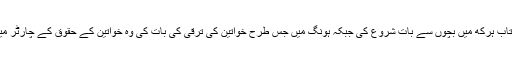
انہوں نے اپنی کتاب ہرکھ میں بچوں سے بات شروع کی جبکہ ہونگ میں جس طرح خواتین کی ترقی کی بات کی وہ خواتین کے حقوق کے چارٹر میں بھی نہیں ہے۔